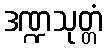
ဒဏ္ဍသုတ္တံ